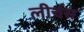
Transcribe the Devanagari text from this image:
लीर्चस